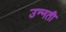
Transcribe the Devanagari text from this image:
उन्‍नती